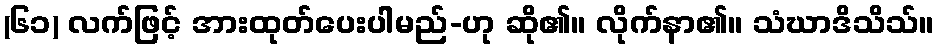
(၆၁) လက်ဖြင့် အားထုတ်ပေးပါမည်-ဟု ဆို၏။ လိုက်နာ၏။ သံဃာဒိသိသ်။